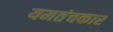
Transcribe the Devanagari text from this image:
यमतंचकार